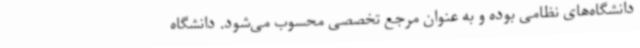
دانشگاه‌های نظامی بوده و به عنوان مرجع تخصصی محسوب می‌شود. دانشگاه